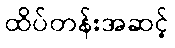
ထိပ်တန်းအဆင့်